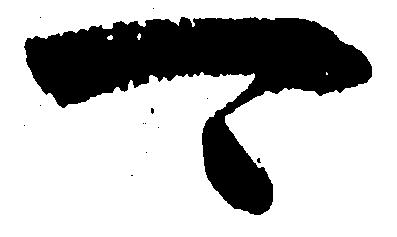
可